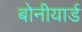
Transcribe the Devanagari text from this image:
बोनीयार्ड